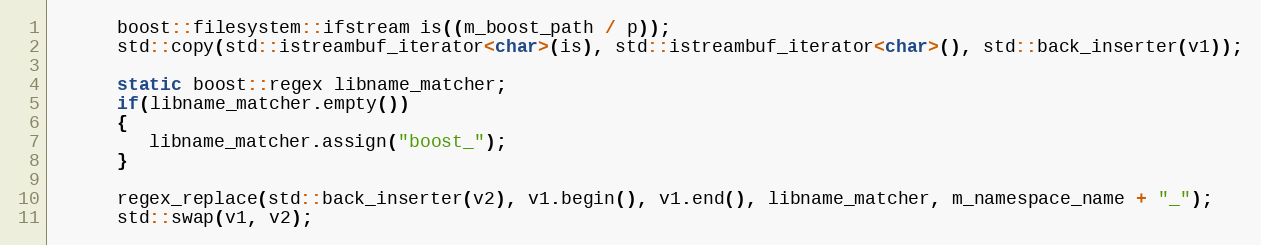
Language: C++
      boost::filesystem::ifstream is((m_boost_path / p));
      std::copy(std::istreambuf_iterator<char>(is), std::istreambuf_iterator<char>(), std::back_inserter(v1));

      static boost::regex libname_matcher;
      if(libname_matcher.empty())
      {
         libname_matcher.assign("boost_");
      }

      regex_replace(std::back_inserter(v2), v1.begin(), v1.end(), libname_matcher, m_namespace_name + "_");
      std::swap(v1, v2);